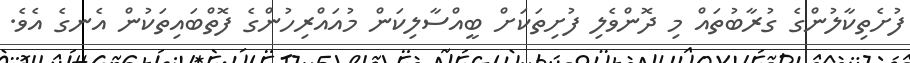
ފުށެތިކާލުންގެ ގުރާބުތައް މި ދޮންވެލި ފުށިތަކަށް ބީއްސާލިކަން މުއައްރިހުންގެ ފޮތްބައިތަކުން އެނގެ އެވެ.